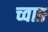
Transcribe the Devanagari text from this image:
च्वाङ